Scientific memoirs by medical officers of the Army of India - Part IV,
Year: 1889
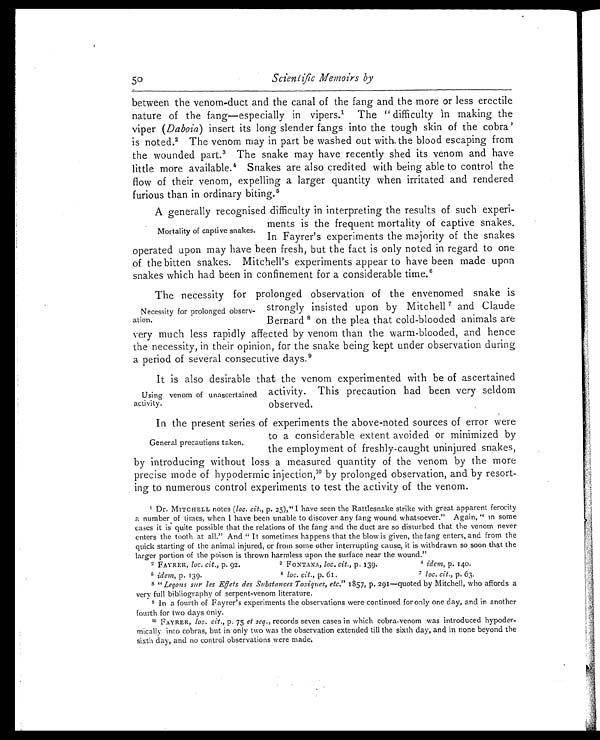
50
Scientific Memoirs by
between the venom-duct and the canal of the fang and the more or less erectile
nature of the fang—especially in vipers.1 The "difficulty in making the
viper ( Daboia ) insert its long slender fangs into the tough skin of the cobra'
i s n o t e d . 2 T h e v e n o m m a y i n p a r t b e w a s h e d o u t w i t h t h e b l o o d e s c a p i n g f r o m
the wounded part.3 The snake may have recently shed its venom and have
little more available.4 Snakes are also credited with being able to control the
flow of their venom, expelling a larger quantity when irritated and rendered
furious than in ordinary biting.5
A generally recognised difficulty in interpreting the results of such experi-
ments is the frequent mortality of captive snakes.
In Fayrer's experiments the majority of the snakes
operated upon may have been fresh, but the fact is only noted in regard to one
of the bitten snakes. Mitchell's experiments appear to have been made upon
snakes which had been in confinement for a considerable time.6
The necessity for prolonged observation of the envenomed snake is
strongly insisted upon by Mitchell7 and Claude
Bernard8 on the plea that cold-blooded animals are
very much less rapidly affected by venom than the warm-blooded, and hence
the necessity, in their opinion, for the snake being kept under observation during
a period of several consecutive days.9
It is also desirable that the venom experimented with be of ascertained
activity. This precaution had been very seldom
observed.
In the present series of experiments the above-noted sources of error were
to a considerable, extent avoided or minimized by
the employment of freshly-caught uninjured snakes,
by introducing without loss a measured quantity of the venom by the more
precise mode of hypodermic injection,10 by prolonged observation, and by resort-
ing to numerous control experiments to test the activity of the venom.
1Dr. MITCHELL notes ( loc. cit., p. 25),"I have seen the Rattlesnake strike with great apparent ferocity
a number of times, when I have been unable to discover any fang wound whatsoever." Again, "in some
cases it is quite possible that the relations of the fang and the duct are so disturbed that the venom never
enters the tooth at all." And "It sometimes happens that the blow is given, the fang enters, and from the
quick starting of the animal injured, or from some other interrupting cause, it is withdrawn so soon that the
larger portion of the poison is thrown harmless upon the surface near the wound."
2 FAYRER, loc. cit., p. 92.
3 FONTANA, loc. cit., p. 139.
4 idem, p. 140.
5 idem, p. 139. 6 loc. cit., p. 61.
7 loc. cit., p. 63.
8 "Leçons sur les Effets des Substances Toxigues, etc." 1857, p. 291—quoted by Mitchell, who affords a
very full bibliography of serpent-venom literature.
9 In a fourth of Fayrer's experiments the observations were continued for only one day, and in another
fourth for two days only.
10 FAYRER, loc. cit., p. 75 et seq., records seven cases in which cobra-venom was introduced hypoder-
mically into cobras, but in only two was the observation extended till the sixth day, and in none beyond the
sixth day, and no control observations were made.
Mortality of captive snakes.
Necessity for prolonged observ-
ation.
Using venom of unascertained
activity.
General precautions taken.